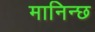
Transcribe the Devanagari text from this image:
मानिन्छ